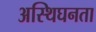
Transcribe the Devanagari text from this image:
अस्थिघनता